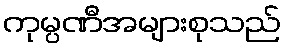
ကုမ္ပဏီအများစုသည်